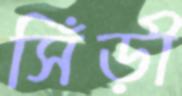
সিঁড়ী